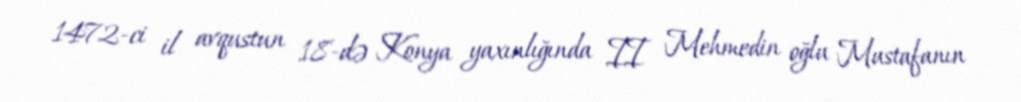
1472-ci il avqustun 18-də Konya yaxınlığında II Mehmedin oğlu Mustafanın